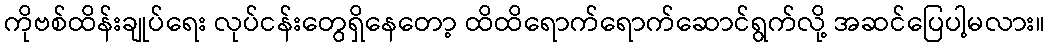
ကိုဗစ်ထိန်းချုပ်ရေး လုပ်ငန်းတွေရှိနေတော့ ထိထိရောက်ရောက်ဆောင်ရွက်လို့ အဆင်ပြေပါ့မလား။